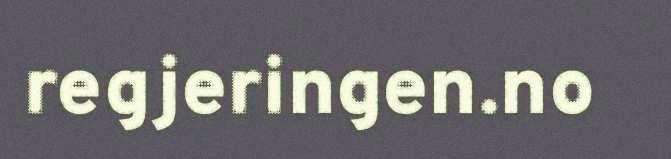
regjeringen.no